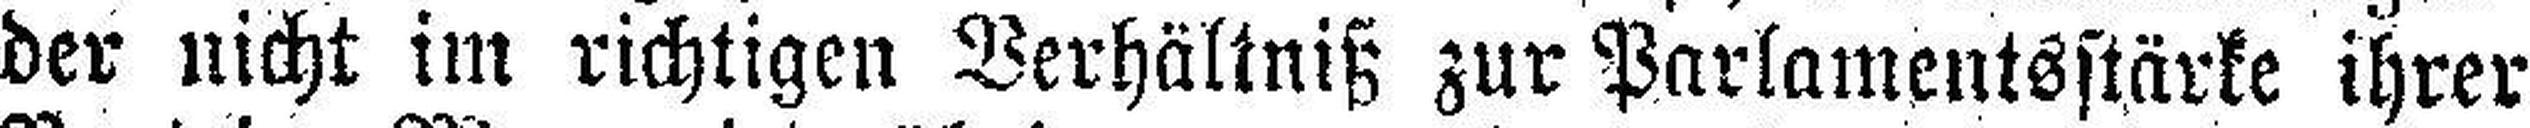
der nicht im richtigen Verhältniß zur Parlamentsstärke ihrer